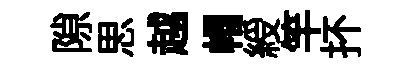
隙思越帽綬竿抔